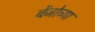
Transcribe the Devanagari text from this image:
बेंजोच्या